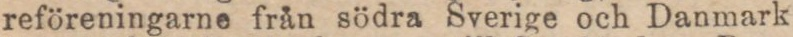
reföreningarne från södra Sverige och Danmark